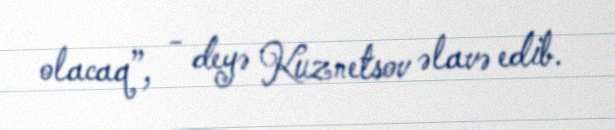
olacaq”, - deyə Kuznetsov əlavə edib.